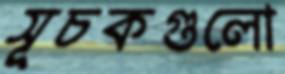
সূচকগুলো